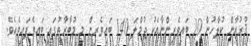
ޤުރުއާން ކުލާހުން 10 ބައިވެރިންނާއެކު ޖުމްލަ 140 ބައިވެރިން މި މުބާރާތުގައި ބައިވެފައިވެއެވެ.